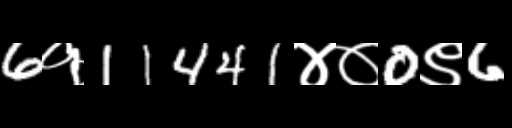
Text: 6१11441४०0९6